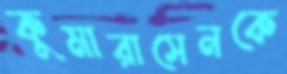
কুমারাসেনকে